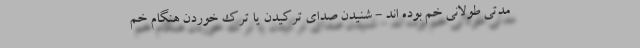
مدتی طولانی خم بوده اند - شنیدن صدای ترکیدن یا ترک خوردن هنگام خم